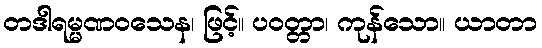
တဒါရမ္မဏဝသေန၊ ဖြင့်။ ပဝတ္တာ၊ ကုန်သော။ ယာတာ